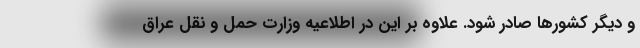
و دیگر کشورها صادر شود. علاوه بر این در اطلاعیه وزارت حمل و نقل عراق